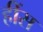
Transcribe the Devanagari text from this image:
हींस